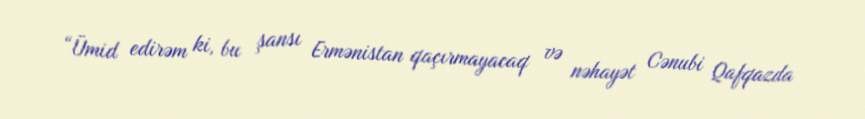
“Ümid edirəm ki, bu şansı Ermənistan qaçırmayacaq və nəhayət Cənubi Qafqazda